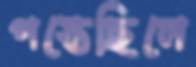
পস্তেছিলে